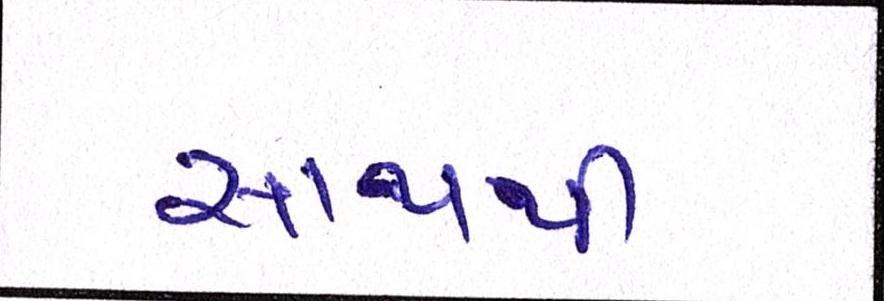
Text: સાથથી